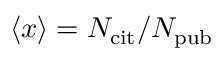
\left\langle { x } \right\rangle = N _ { \mathrm { c i t } } / N _ { \mathrm { p u b } }